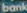
bank